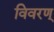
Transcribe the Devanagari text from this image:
विवरण्